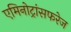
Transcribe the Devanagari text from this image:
एमिनोट्रांसफरेज